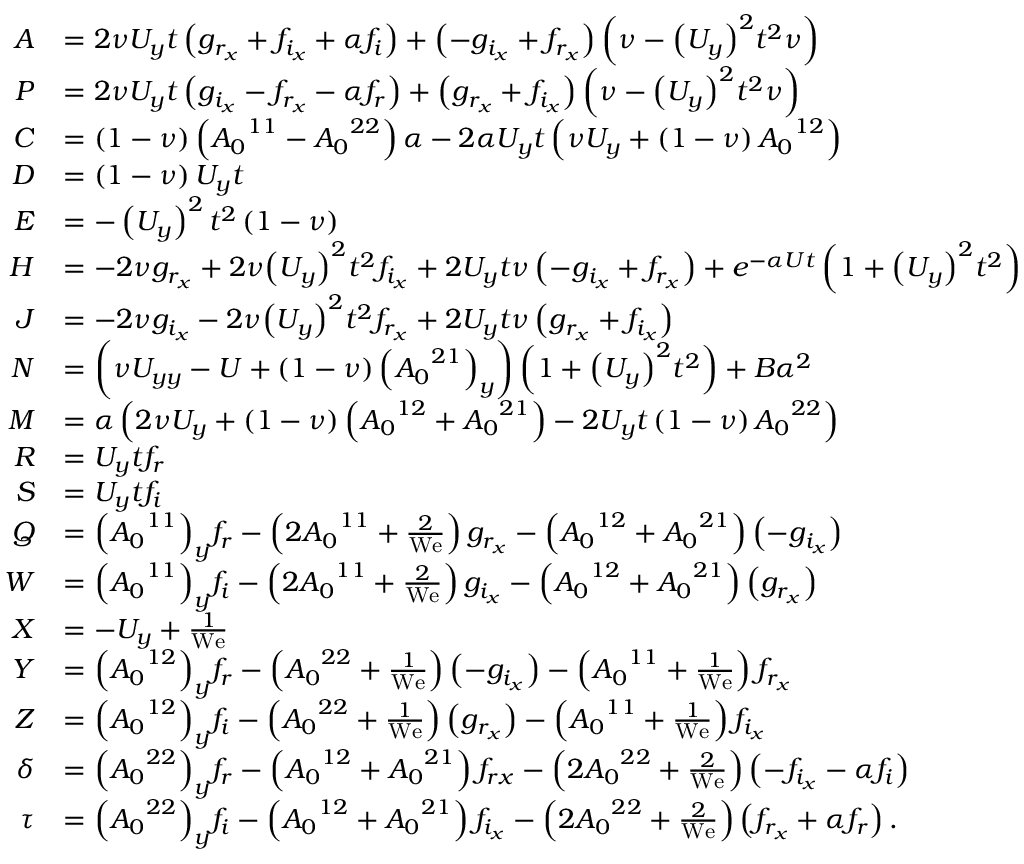
\begin{array} { r l } { { A } } & { = 2 \nu { U _ { y } } t \left( g _ { r _ { x } } + f _ { i _ { x } } + \alpha f _ { i } \right) + \left( - g _ { i _ { x } } + f _ { r _ { x } } \right) \left( \nu - { \left( { U _ { y } } \right) } ^ { 2 } t ^ { 2 } \nu \right) } \\ { { P } } & { = 2 \nu { U _ { y } } t \left( g _ { i _ { x } } - f _ { r _ { x } } - \alpha f _ { r } \right) + \left( g _ { r _ { x } } + f _ { i _ { x } } \right) \left( \nu - { \left( { U _ { y } } \right) } ^ { 2 } t ^ { 2 } \nu \right) } \\ { { C } } & { = \left( 1 - \nu \right) \left( { A _ { 0 } } ^ { 1 1 } - { A _ { 0 } } ^ { 2 2 } \right) \alpha - 2 \alpha { U _ { y } } t \left( \nu { U _ { y } } + \left( 1 - \nu \right) { A _ { 0 } } ^ { 1 2 } \right) } \\ { { D } } & { = \left( 1 - \nu \right) { U _ { y } } t } \\ { { E } } & { = - \left( { { U _ { y } } } \right) ^ { 2 } t ^ { 2 } \left( 1 - \nu \right) } \\ { { H } } & { = - 2 \nu g _ { r _ { x } } + 2 \nu { \left( { U _ { y } } \right) } ^ { 2 } t ^ { 2 } f _ { i _ { x } } + 2 { U _ { y } } t \nu \left( - g _ { i _ { x } } + f _ { r _ { x } } \right) + e ^ { - \alpha U t } \left( 1 + { { \left( U _ { y } \right) } } ^ { 2 } t ^ { 2 } \right) } \\ { { J } } & { = - 2 \nu g _ { i _ { x } } - 2 \nu { \left( { U _ { y } } \right) } ^ { 2 } t ^ { 2 } f _ { r _ { x } } + 2 { U _ { y } } t \nu \left( g _ { r _ { x } } + f _ { i _ { x } } \right) } \\ { { N } } & { = \left( \nu { U _ { y y } } - U + \left( 1 - \nu \right) { { \left( { A _ { 0 } } ^ { 2 1 } \right) } _ { y } } \right) \left( 1 + { { \left( U _ { y } \right) } } ^ { 2 } t ^ { 2 } \right) + B \alpha ^ { 2 } } \\ { { M } } & { = \alpha \left( 2 \nu { U _ { y } } + \left( 1 - \nu \right) \left( { A _ { 0 } } ^ { 1 2 } + { A _ { 0 } } ^ { 2 1 } \right) - 2 { U _ { y } } t \left( 1 - \nu \right) { A _ { 0 } } ^ { 2 2 } \right) } \\ { { R } } & { = { U _ { y } } t f _ { r } } \\ { { S } } & { = { U _ { y } } t f _ { i } } \\ { { Q } } & { = { { \left( { A _ { 0 } } ^ { 1 1 } \right) } _ { y } } f _ { r } - \left( 2 { A _ { 0 } } ^ { 1 1 } + \frac { 2 } { \mathrm { W e } } \right) g _ { r _ { x } } - \left( { A _ { 0 } } ^ { 1 2 } + { A _ { 0 } } ^ { 2 1 } \right) \left( - g _ { i _ { x } } \right) } \\ { { W } } & { = { { \left( { A _ { 0 } } ^ { 1 1 } \right) } _ { y } } f _ { i } - \left( 2 { A _ { 0 } } ^ { 1 1 } + \frac { 2 } { \mathrm { W e } } \right) g _ { i _ { x } } - \left( { A _ { 0 } } ^ { 1 2 } + { A _ { 0 } } ^ { 2 1 } \right) \left( g _ { r _ { x } } \right) } \\ { { X } } & { = - { U _ { y } } + \frac { 1 } { \mathrm { W e } } } \\ { { Y } } & { = { { \left( { A _ { 0 } } ^ { 1 2 } \right) } _ { y } } f _ { r } - \left( { A _ { 0 } } ^ { 2 2 } + \frac { 1 } { \mathrm { W e } } \right) \left( - g _ { i _ { x } } \right) - \left( { A _ { 0 } } ^ { 1 1 } + \frac { 1 } { \mathrm { W e } } \right) f _ { r _ { x } } } \\ { { Z } } & { = { { \left( { A _ { 0 } } ^ { 1 2 } \right) } _ { y } } f _ { i } - \left( { A _ { 0 } } ^ { 2 2 } + \frac { 1 } { \mathrm { W e } } \right) \left( g _ { r _ { x } } \right) - \left( { A _ { 0 } } ^ { 1 1 } + \frac { 1 } { \mathrm { W e } } \right) f _ { i _ { x } } } \\ { { \delta } } & { = { { \left( { A _ { 0 } } ^ { 2 2 } \right) } _ { y } } f _ { r } - \left( { A _ { 0 } } ^ { 1 2 } + { A _ { 0 } } ^ { 2 1 } \right) f _ { r x } - \left( 2 { A _ { 0 } } ^ { 2 2 } + \frac { 2 } { \mathrm { W e } } \right) \left( - f _ { i _ { x } } - \alpha f _ { i } \right) } \\ { { \tau } } & { = { { \left( { A _ { 0 } } ^ { 2 2 } \right) } _ { y } } f _ { i } - \left( { A _ { 0 } } ^ { 1 2 } + { A _ { 0 } } ^ { 2 1 } \right) f _ { i _ { x } } - \left( 2 { A _ { 0 } } ^ { 2 2 } + \frac { 2 } { \mathrm { W e } } \right) \left( f _ { r _ { x } } + \alpha f _ { r } \right) . } \end{array}